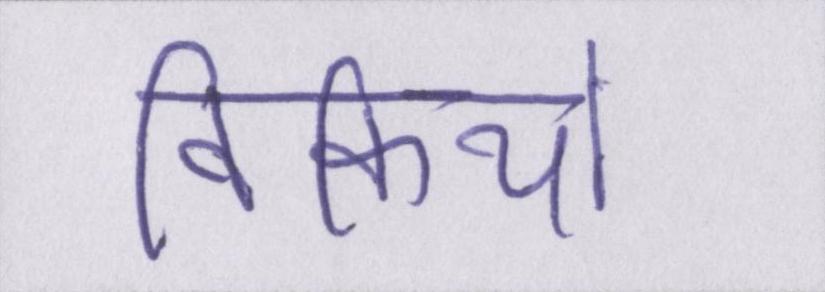
विकियों